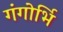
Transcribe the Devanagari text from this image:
गंगोर्भि